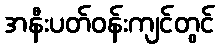
အနီးပတ်ဝန်းကျင်တွင်